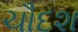
ચૌદશ